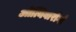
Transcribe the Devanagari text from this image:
ओत्यिवारोंगो